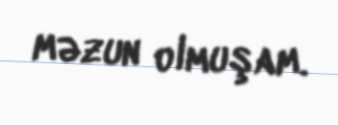
məzun olmuşam.